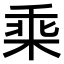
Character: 𣒧